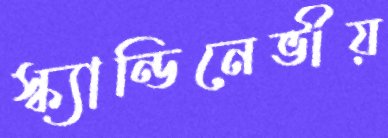
স্ক্যান্ডিনেভীয়